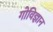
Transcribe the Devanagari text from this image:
गोविज्ञान